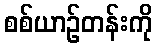
စစ်ယာဉ်တန်းကို